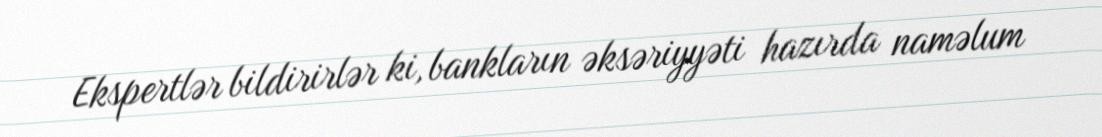
Ekspertlər bildirirlər ki, bankların əksəriyyəti hazırda naməlum